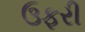
ઉફરી